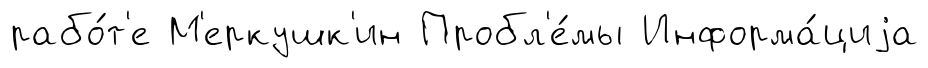
рабо́т'е М'еркушк'ин Пробл'е́мы Информа́циjа